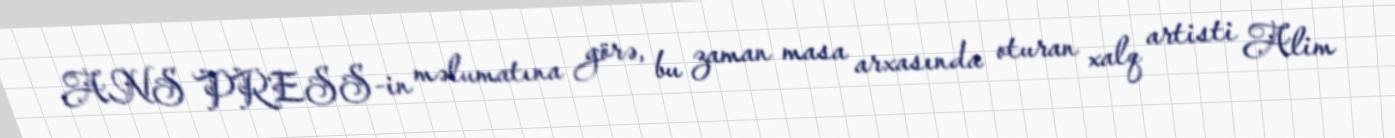
ANS PRESS-in məlumatına görə, bu zaman masa arxasında oturan xalq artisti Alim